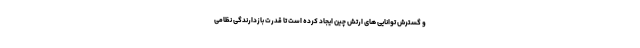
و گسترش توانایی های ارتش چین ایجاد کرده است تا قدرت بازدارندگی نظامی